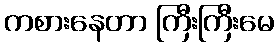
ကစားနေတာ ကြီးကြီးမေ